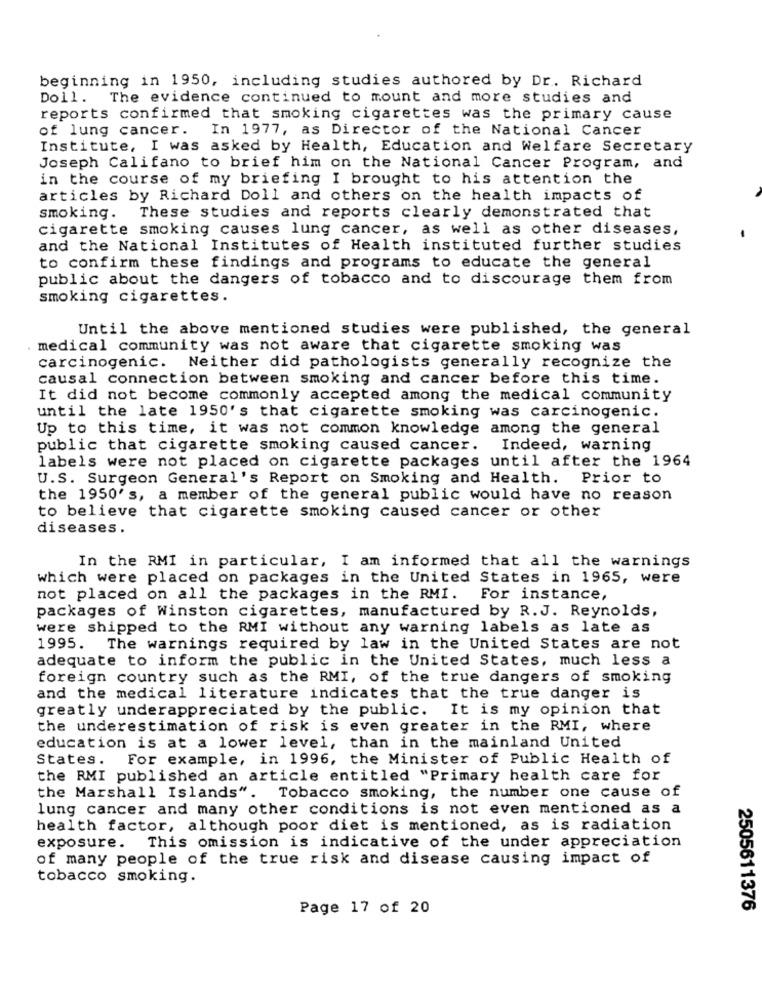
beginning in 1950, including studies authored by Dr. Richard
Doll. The evidence continued to mount and more studies and
reports confirmed that smoking cigarettes was the primary cause
of lung cancer. In 1977, as Director of the National Cancer
Institute, I was asked by Health, Education and Welfare Secretary
Joseph Califano to brief him on the National Cancer Program, and
in the course of my briefing I brought to his attention the
articles by Richard Doll and others on the health impacts of
smoking. These studies and reports clearly demonstrated that
cigarette smoking causes lung cancer, as well as other diseases,
and the National Institutes of Health instituted further studies
to confirm these findings and programs to educate the general
public about the dangers of tobacco and to discourage them from
smoking cigarettes.
Until the above mentioned studies were published, the general
. medical community was not aware that cigarette smoking was
carcinogenic. Neither did pathologists generally recognize the
causal connection between smoking and cancer before this time.
It did not become commonly accepted among the medical community
until the late 1950's that cigarette smoking was carcinogenic.
Up to this time, it was not common knowledge among the general
public that cigarette smoking caused cancer.
Indeed, warning
labels were not placed on cigarette packages until after the 1964
U.S. Surgeon General's Report on Smoking and Health. Prior to
the 1950's, a member of the general public would have no reason
to believe that cigarette smoking caused cancer or other
diseases.
In the RMI in particular, I am informed that all the warnings
which were placed on packages in the United States in 1965, were
not placed on all the packages in the RMI. For instance,
packages of Winston cigarettes, manufactured by R.J. Reynolds,
were shipped to the RMI without any warning labels as late as
1995.
The warnings required by law in the United States are not
adequate to inform the public in the United States, much less a
foreign country such as the RMI, of the true dangers of smoking
and the medical literature indicates that the true danger is
greatly underappreciated by the public. It is my opinion that
the underestimation of risk is even greater in the RMI, where
education is at a lower level, than in the mainland United
States. For example, in 1996, the Minister of Public Health of
the RMI published an article entitled "Primary health care for
the Marshall Islands". Tobacco smoking, the number one cause of
lung cancer and many other conditions is not even mentioned as a
health factor, although poor diet is mentioned, as is radiation
exposure. This omission is indicative of the under appreciation
of many people of the true risk and disease causing impact of
tobacco smoking.
Page 17 of 20
2505611376